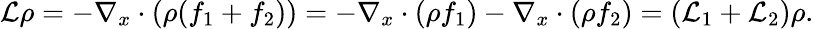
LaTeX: \mathcal{L}\rho=-\nabla_{x}\cdot(\rho(f_{1}+f_{2}))=-\nabla_{x}\cdot(\rho f_{1})-\nabla_{x}\cdot(\rho f_{2})=(\mathcal{L}_{1}+\mathcal{L}_{2})\rho.